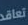
تعاقد